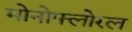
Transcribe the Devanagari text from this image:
मोनोफ्लोरल